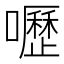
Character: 嚦